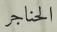
الحناجر